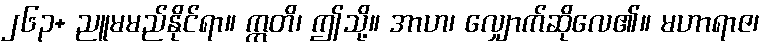
၂၆၃+ ညူမမည်နိုင်ရာ။ ဣတိ၊ ဤသို့။ အာဟ၊ လျှောက်ဆိုလေ၏။ မဟာရာဇ၊